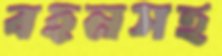
বহনসহ